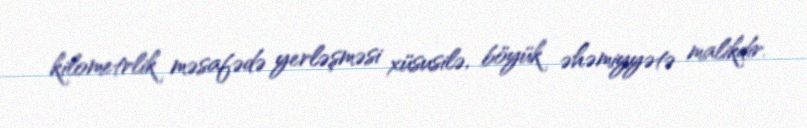
kilometrlik məsafədə yerləşməsi xüsusilə, böyük əhəmiyyətə malikdir.